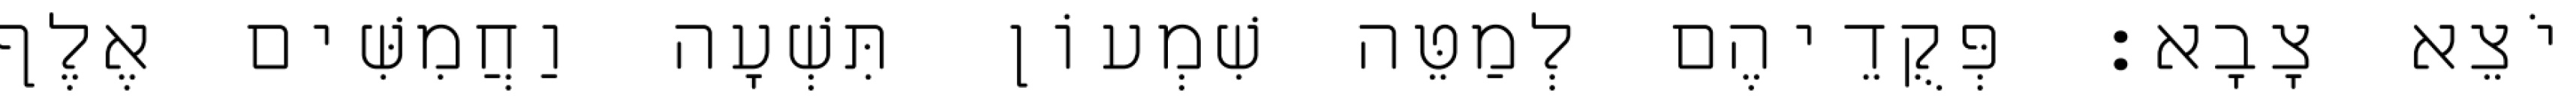
יֹצֵא צָבָא׃ פְּקֻדֵיהֶם לְמַטֵּה שִׁמְעוֹן תִּשְׁעָה וַחֲמִשִּׁים אֶלֶף